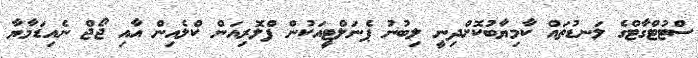
ސްޓުޓްގާޓްގެ ލަނޑުތައް ކާމިޔާބުކޮށްދިނީ ލިބުނު ޕެނަލްޓީއަކުން ފްލޮރިއަން ކްލެއިން އާއި ޖޯޖް ނެއިޑަމާޔާ